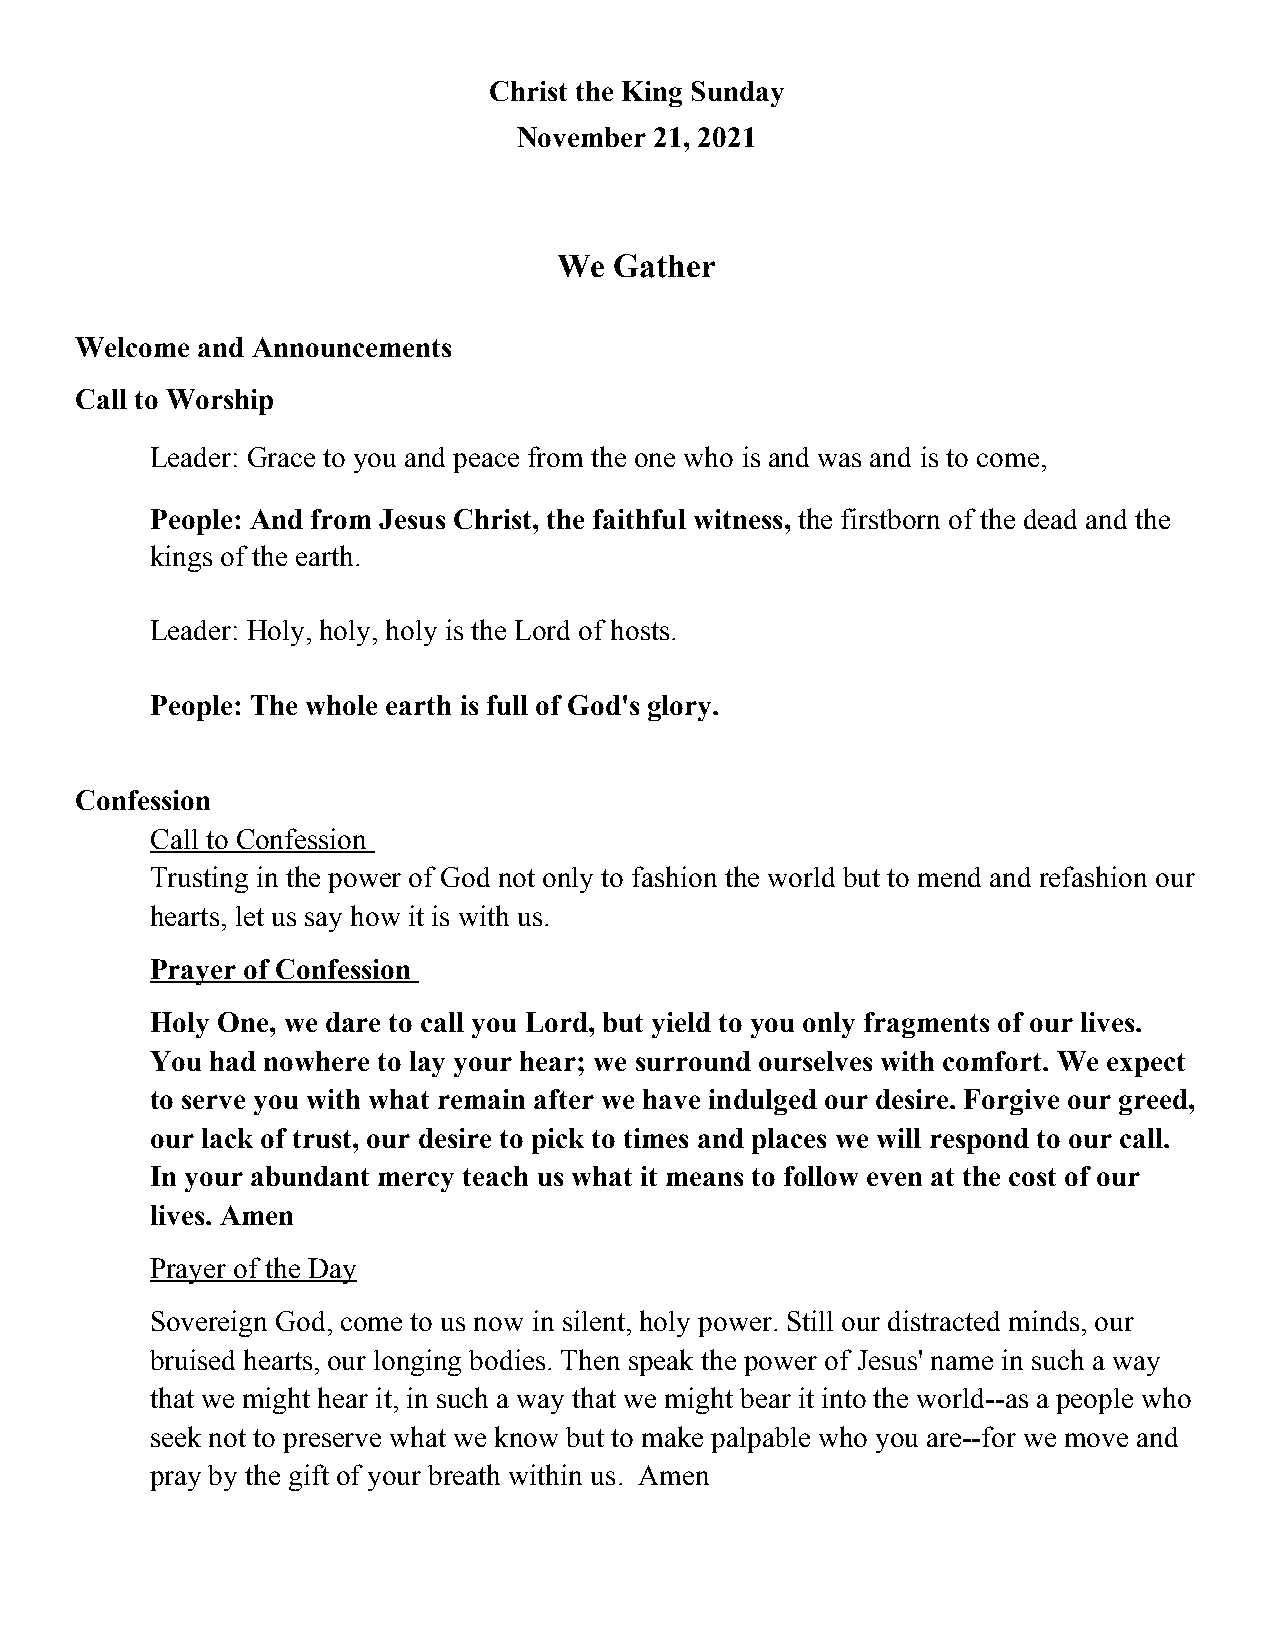
Christ the King Sunday
 November 21, 2021
 We  Gather
 Welcome and Announcements
 Call to Worship
 Leader: Grace to you and peace from the one who is and was and is to come,
 People: And from Jesus Christ, the faithful witness, the firstborn of the dead and the
 kings of the earth.
 Leader: Holy, holy, holy is the Lord of hosts.
 People: The whole earth is full of God's glory.
 Confession
 Call to Confession
 Trusting in the power of God not only to fashion the world but to mend and refashion our
 hearts, let us say how it is with us.
 Prayer of Confession
 Holy One, we dare to call you Lord, but yield to you only fragments of our lives.
 You had nowhere to lay your hear; we surround ourselves with comfort. We expect
 to serve you with what remain after we have indulged our desire. Forgive our greed,
 our lack of trust, our desire to pick to times and places we will respond to our call.
 In your abundant mercy teach us what it means to follow even at the cost of our
 lives. Amen
 Prayer of the Day
 Sovereign God, come to us now in silent, holy power. Still our distracted minds, our
 bruised hearts, our longing bodies. Then speak the power of Jesus' name in such a way
 that we might hear it, in such a way that we might bear it into the world--as a people who
 seek not to preserve what we know but to make palpable who you are--for we move and
 pray by the gift of your breath within us. Amen